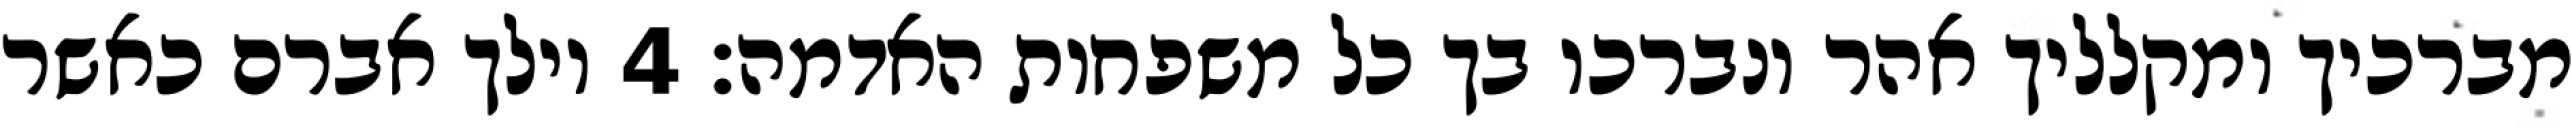
מברכיך ומקלליך אהר ונברכו בך כל משפחות האדמה׃ ‎4‏ וילך אברם כאשר